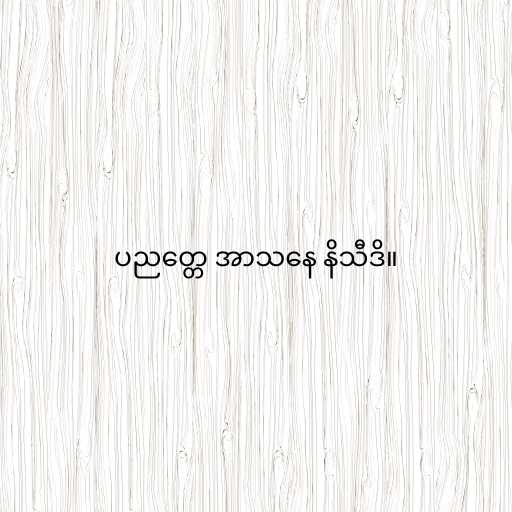
ပညတ္တေ အာသနေ နိသီဒိ။